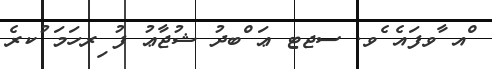
ްއ ާވފައެ ެވ. ސޖޓ ޢަ ްބދު ޝުޖާޢު ފު ިރހަމަ ުކރެ